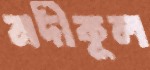
নদীকূল